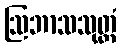
ဩဘာသသုတ္တံ